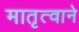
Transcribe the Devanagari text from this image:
मातृत्वाने